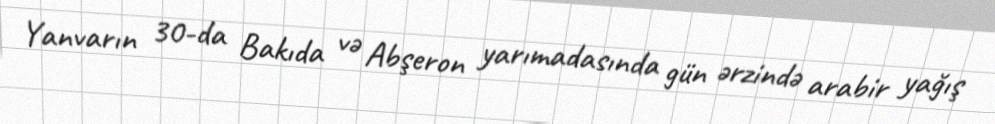
Yanvarın 30-da Bakıda və Abşeron yarımadasında gün ərzində arabir yağış